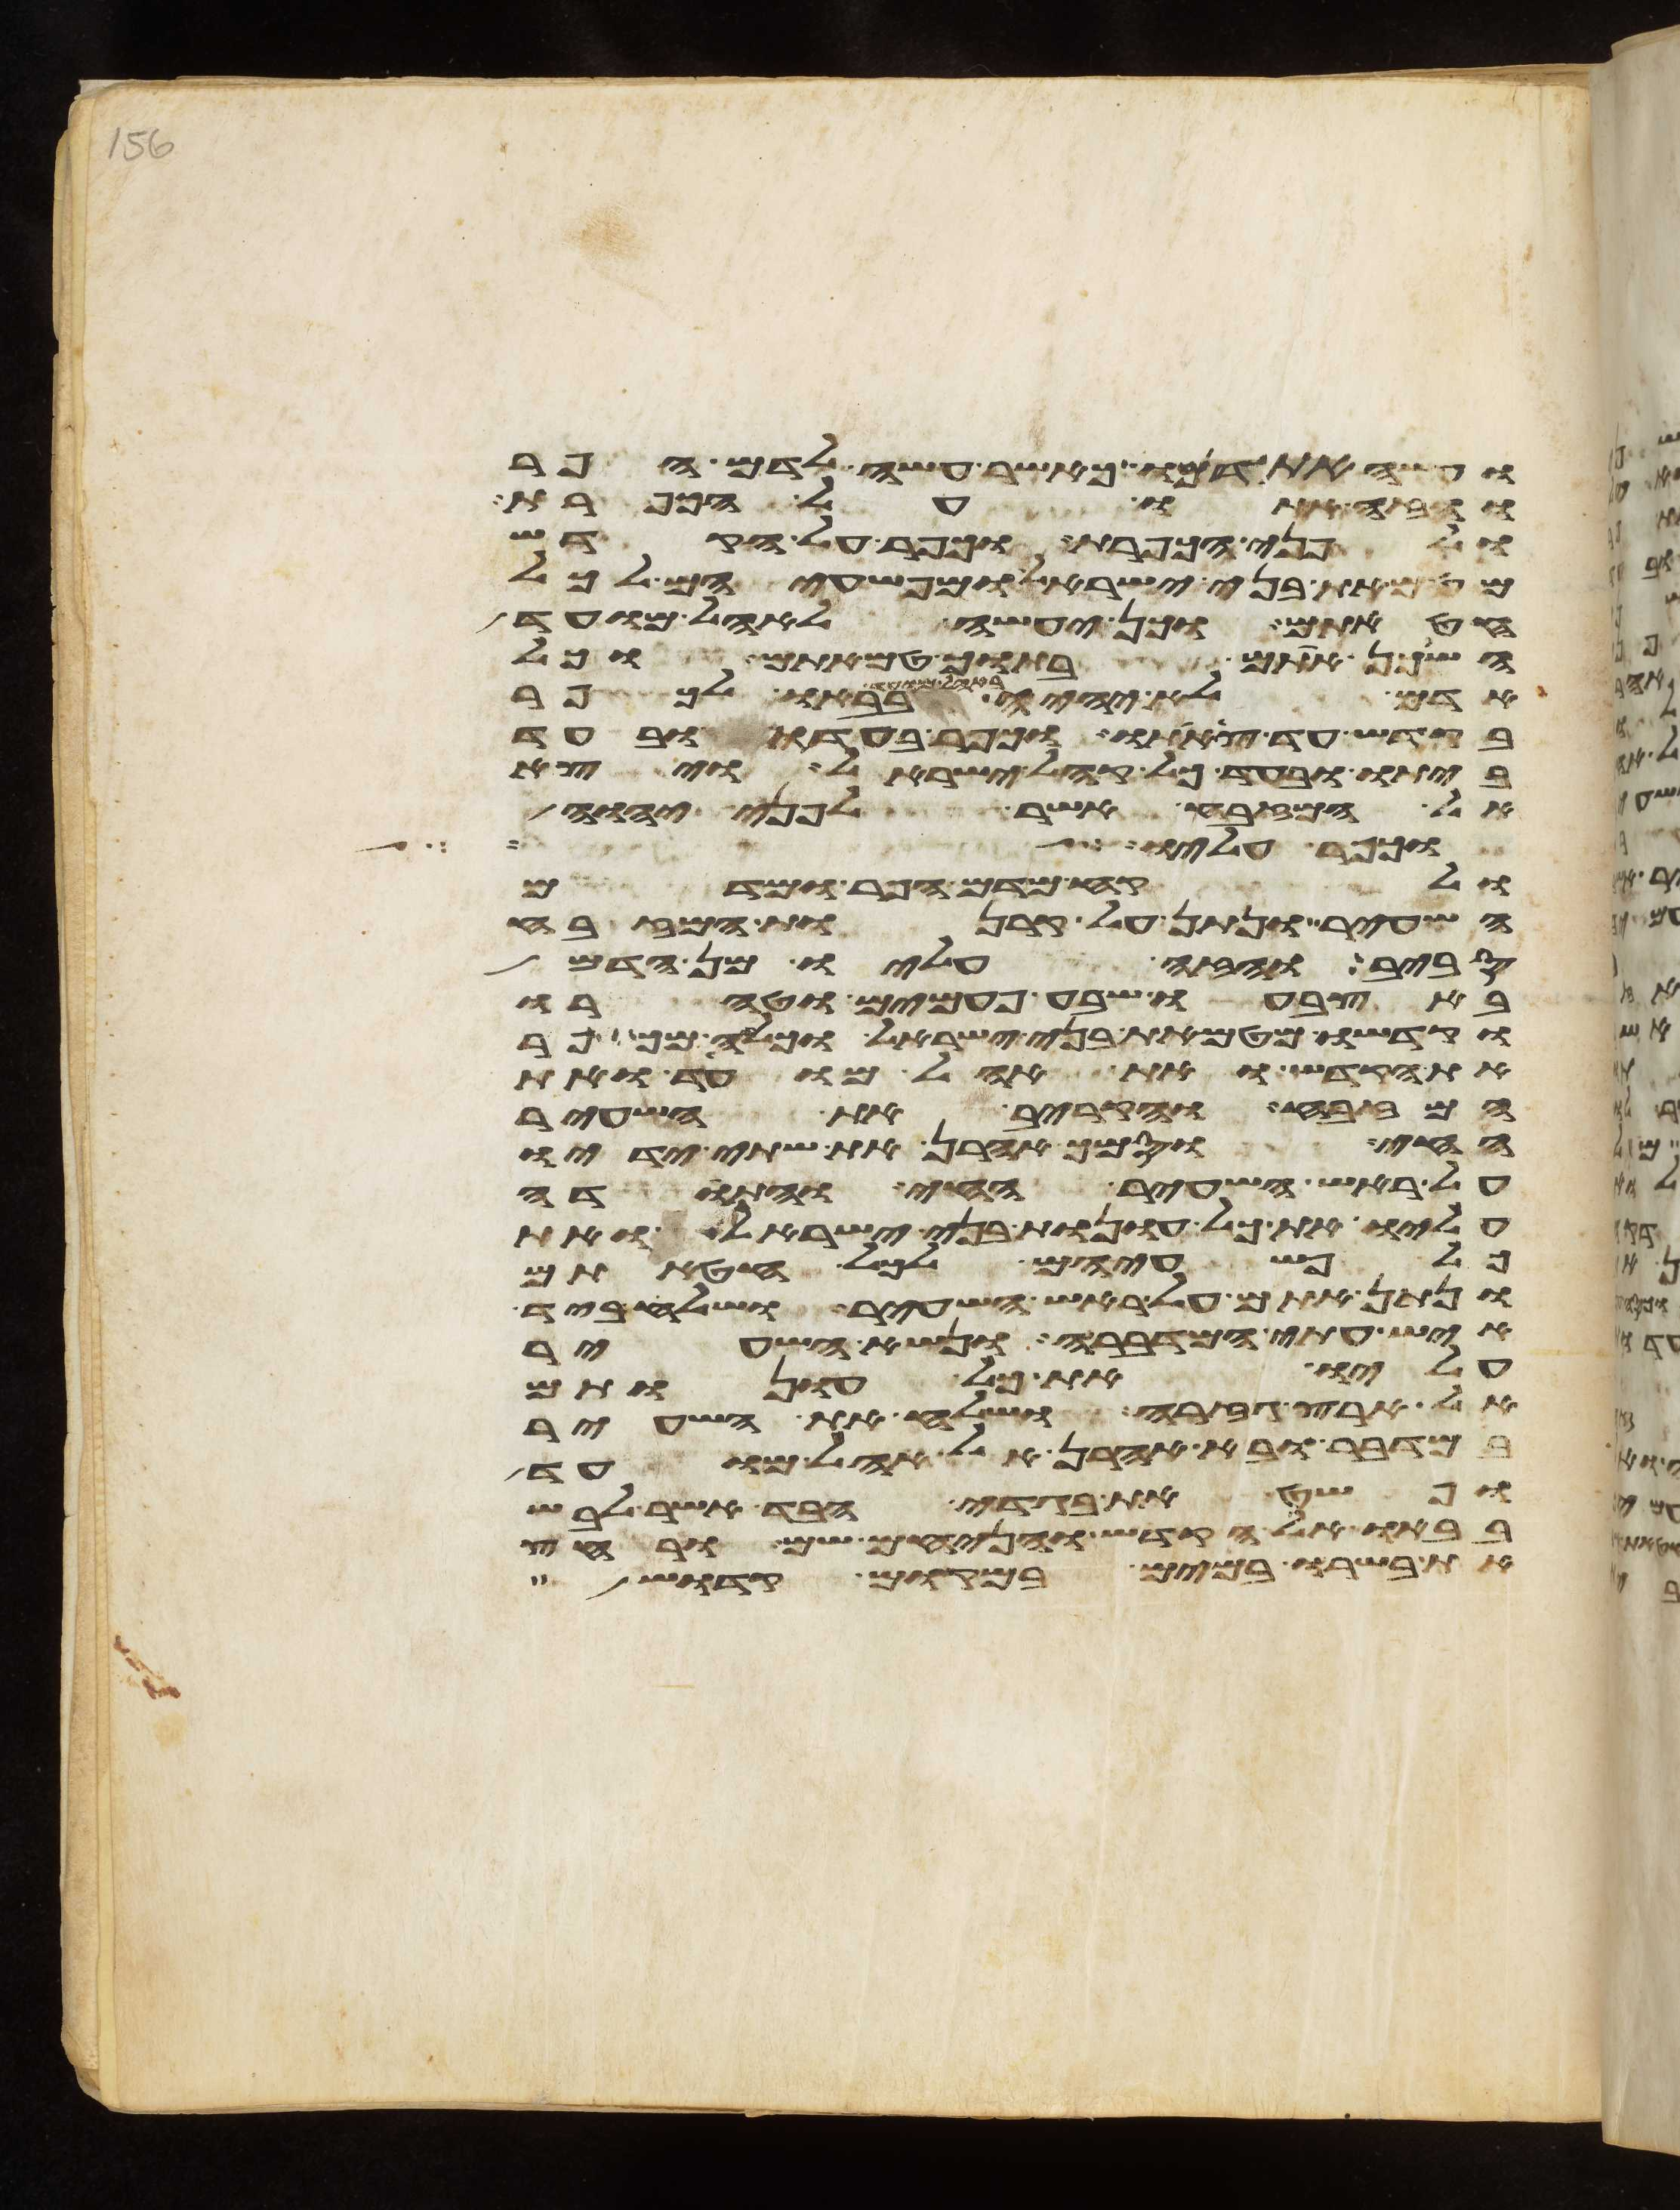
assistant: ועשה את דמו כאשר עשה לדם הפר
והזה אתו על הכפרת
ולפני הכפרת וכפר על הקדש
מטמאת בני ישראל ומפשעיהם לכל
חטאתם וכן יעשה לאהל מועד
השכן אתם בתוך טמאתם וכל
אדם לא יהיה באהל מועד בבאו לכפר
בקדש עד צאתו וכפר בעדו ובעד
ביתו ובעד כל קהל ישראל ויצא
אל המזבח אשר לפני יהוה
וכפר עליו
ולקח מדם הפר ומדם
השעיר ונתן על קרנות המזבח
סביב והזה עליו מן הדם
באצבעו שבע פעמים וטהרו
וקדשו מטמאת בני ישראל וכלה מכפר
את הקדש ואת אהל מועד ואת
המזבח והקריב את השעיר
החי וסמך אהרן את שתי ידיו
על ראש השעיר החי והתודה
עליו את כל עונות בני ישראל ואת
פשעיהם לכל חטאתם
ונתן אתם על ראש השעיר ושלח ביד
איש עתי המדברה ונשא השעיר
עליו את כל עונות
אל ארץ גזרה ושלח את השעיר
במדבר ובא אהרן אל אהל מועד
ופשט את בגדי הבד אשר לבש
בבאו אל הקדש והניחם שם ורחץ
את בשרו במים במקום קדוש